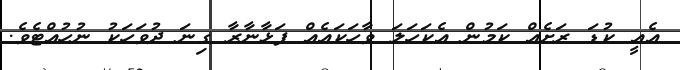
އެއީ ކުޑަ ރަށެއް ކަމުން އެކަހަލަ ވާހަކައެއް ފަޅާނާރާ ގިނަ ދުވަހަކު ނުހުއްޓެވެ.